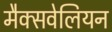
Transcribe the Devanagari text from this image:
मैक्सवेलियन